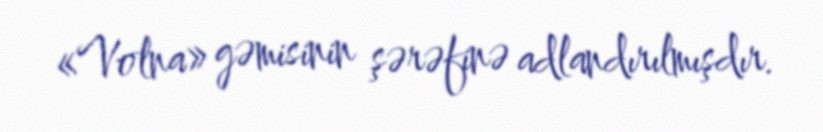
«Volna» gəmisinin şərəfinə adlandırılmışdır.